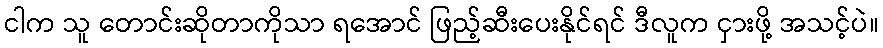
ငါက သူ တောင်းဆိုတာကိုသာ ရအောင် ဖြည့်ဆီးပေးနိုင်ရင် ဒီလူက ငှားဖို့ အသင့်ပဲ။